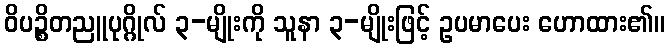
ဝိပဉ္စိတညူပုဂ္ဂိုလ် ၃-မျိုးကို သူနာ ၃-မျိုးဖြင့် ဥပမာပေး ဟောထား၏။